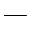
-